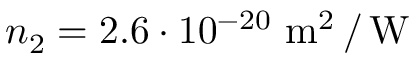
n _ { 2 } = 2 . 6 \cdot 1 0 ^ { - 2 0 } \, \, \mathrm { m } ^ { 2 } \, / \, \mathrm { W }